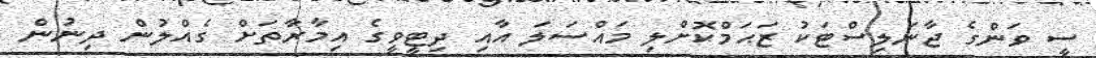
ސީ ވަންގެ ޖާނަލިސްޓަކު ޒަޙަމްކޮށްލި މައްސަލަ އާއި ދިޓީވީގެ އިމާރާތަށް ގެއްލުން ދިނުން